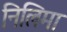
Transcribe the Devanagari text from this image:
निलिमा